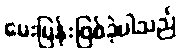
မေးမြန်းဖြစ်ခဲ့ပါသည်